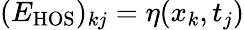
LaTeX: (E_{\mathrm{HOS}})_{kj}=\eta(x_{k},t_{j})